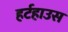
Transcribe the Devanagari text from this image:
हर्टहाउस